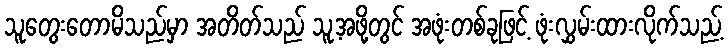
သူတွေးတောမိသည်မှာ အတိတ်သည် သူ့အဖို့တွင် အဖုံးတစ်ခုဖြင့် ဖုံးလွှမ်းထားလိုက်သည့်